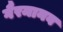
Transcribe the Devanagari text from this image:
गैरमानव